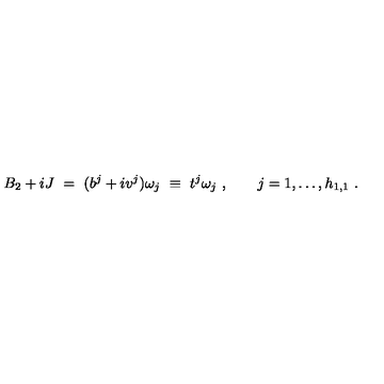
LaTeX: B _ { 2 } + i J \ = \ ( b ^ { j } + i v ^ { j } ) \omega _ { j } \ \equiv \ t ^ { j } \omega _ { j } \ , \qquad j = 1 , \ldots , h _ { 1 , 1 } \ .